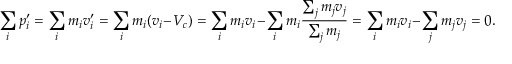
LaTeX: \sum _ { i } p _ { i } ^ { \prime } = \sum _ { i } m _ { i } v _ { i } ^ { \prime } = \sum _ { i } m _ { i } ( v _ { i } - V _ { c } ) = \sum _ { i } m _ { i } v _ { i } - \sum _ { i } m _ { i } { \frac { \sum _ { j } m _ { j } v _ { j } } { \sum _ { j } m _ { j } } } = \sum _ { i } m _ { i } v _ { i } - \sum _ { j } m _ { j } v _ { j } = 0 .